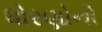
ધોરણોનો